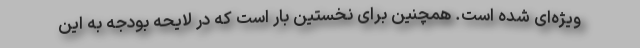
ویژه‌ای شده است. همچنین برای نخستین بار است که در لایحه بودجه به این